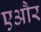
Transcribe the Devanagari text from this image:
एऔर